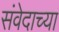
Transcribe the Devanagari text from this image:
संवेदाच्या